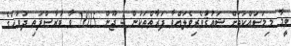
ވީމާ މިމަސައްކަތަށް ޝައުޤުވެރިވެލައްވާ ފަރާތްތަކުން 4 ޖޫން 2015 ވާ ބުރާސްފަތި ދުވަހުގެ